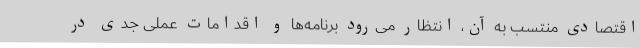
اقتصادی منتسب به آن، انتظار می‌رود برنامه‌ها و اقدامات عملی جدی در